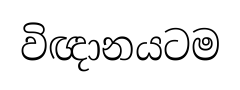
විඥානයටම